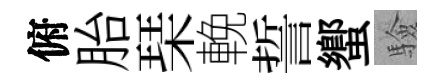
俯胎琹輓誓蠁驗